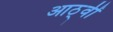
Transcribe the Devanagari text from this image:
आठ्वीं